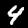
Label: 4